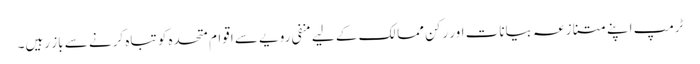
ٹرمپ اپنے متنازعہ بیانات اور رکن ممالک کے لیے منفی رویے سے اقوام متحدہ کو تباہ کرنے سے باز رہیں۔